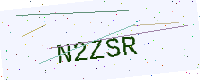
Text: N2ZSR